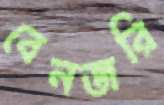
বেনজরি